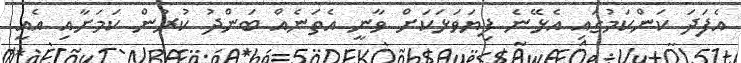
އެފަދަ ކަންކަމުގައި އެޅޭނެ ފިޔަވަޅަކަށް ވާނީ އެތަނެއް ބަންދު ކުރުން ކަމަށާއި އެއީ